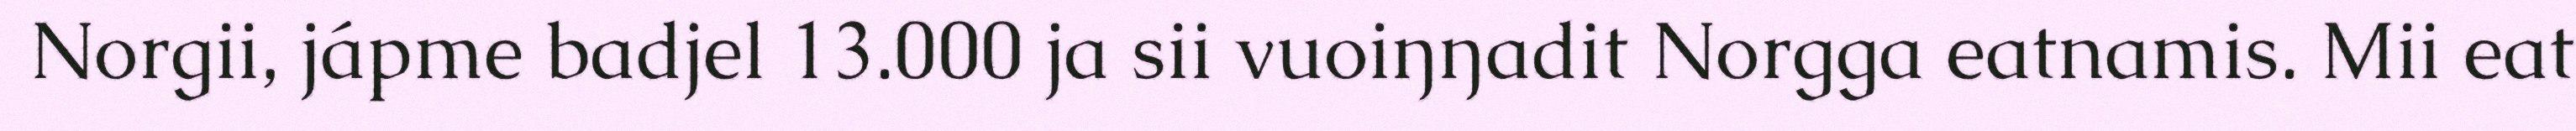
Norgii, jápme badjel 13.000 ja sii vuoiŋŋadit Norgga eatnamis. Mii eat